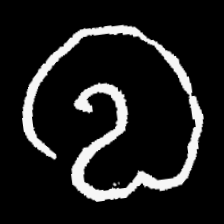
Pyu character \u2014 Myanmar letter: လ (romanized: la)